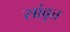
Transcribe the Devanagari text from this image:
सांवृत्त